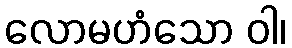
လောမဟံသော ဝါ၊